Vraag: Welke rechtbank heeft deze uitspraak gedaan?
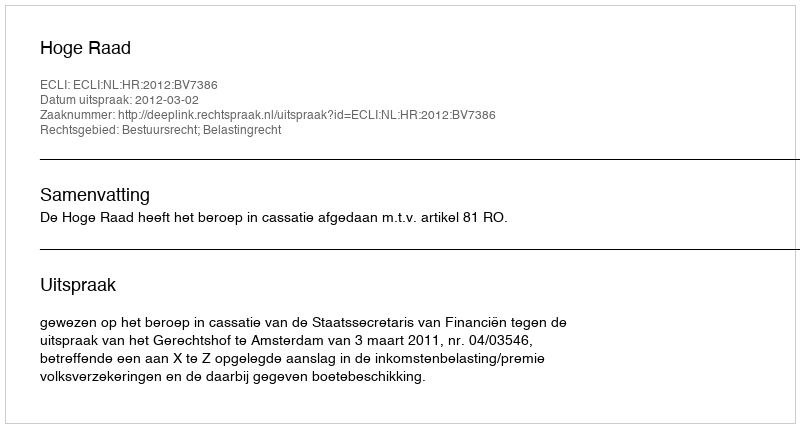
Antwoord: Hoge Raad